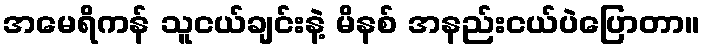
အမေရိကန် သူငယ်ချင်းနဲ့ မိနစ် အနည်းငယ်ပဲပြောတာ။